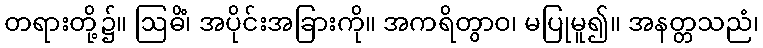
တရားတို့၌။ ဩဓိံ၊ အပိုင်းအခြားကို။ အကရိတွာဝ၊ မပြုမူ၍။ အနတ္တသညံ၊